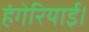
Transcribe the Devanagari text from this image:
हंगेरियाई।